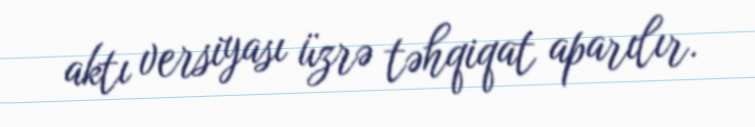
aktı versiyası üzrə təhqiqat aparılır.